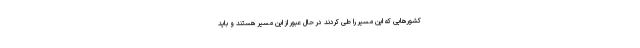
کشورهایی که این مسیر را طی کردند در حال عبور از این مسیر هستند و باید